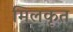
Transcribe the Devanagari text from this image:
मिलकृत